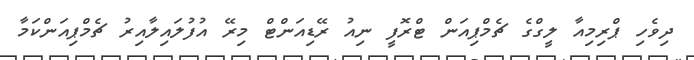
ދިވެހި ޕްރިމިއާ ލީގްގެ ޗެމްޕިއަން ޓްރޮފީ ނިއު ރޭޑިއަންޓް މިރޭ އުފުލައިލާއިރު ޗެމްޕިއަންކަމާ